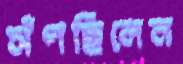
সঁপছিলেন